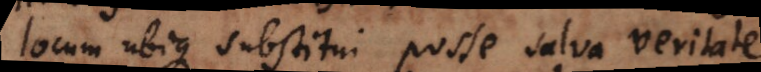
locum ubique substitui posse salva veritate